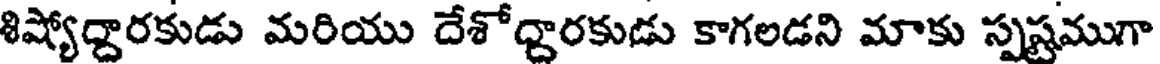
శిష్యోద్దారకుడు మరియు దేశోద్దారకుడు కాగలడని మాకు స్పష్టముగా